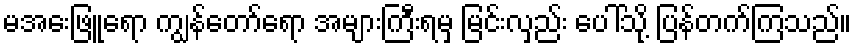
မအေးဖြူရော ကျွန်တော်ရော အများကြီးရမှ မြင်းလှည်း ပေါ်သို့ ပြန်တက်ကြသည်။